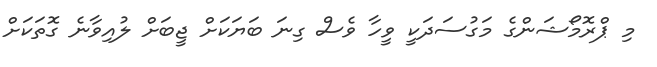
މި ޕްރޮމޯޝަންގެ މަގުސަދަކީ ވީހާ ވެސް ގިނަ ބަޔަކަށް ޖީބަށް ލުއިވާނެ ގޮތަކަށް